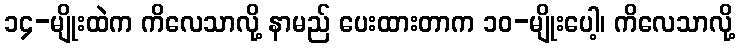
၁၄-မျိုးထဲက ကိလေသာလို့ နာမည် ပေးထားတာက ၁၀-မျိုးပေါ့၊ ကိလေသာလို့